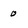
Character: 0